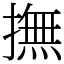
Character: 撫